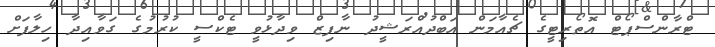
ޓްރާންސްޕޯޓް އޮތޯރިޓީގެ ޗެއާމަން އަބްދުއްރަޝީދު ނާފިޒް ވިދާޅުވީ ޓެކްސީ ކުރުމުގެ ގަވާއިދާ ހިލާފަށް